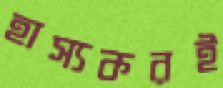
হাস্যকরই